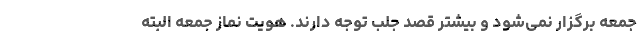
جمعه برگزار نمی‌شود و بیشتر قصد جلب توجه دارند. هویت نماز جمعه البته